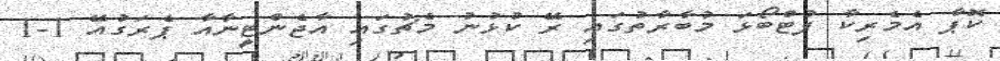
ކޮޕާ އެމެރިކާ ފުޓްބޯޅަ މުބާރާތުގައި ރޭ ކުޅުނު މެޗުގައި އާޖެންޓީނާއާ ޕެރަގުއޭ 1-1